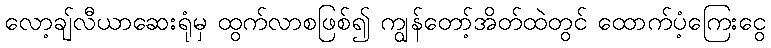
လော့ချ်လီယာဆေးရုံမှ ထွက်လာစဖြစ်၍ ကျွန်တော့်အိတ်ထဲတွင် ထောက်ပံ့ကြေးငွေ